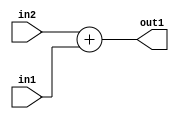
`timescale 1ps / 1ps
/*****************************************************************************
    Verilog RTL Description
    
    
    Created by: Stratus DpOpt 2019.1.01 
*******************************************************************************/

module ImageGradient_Add_2Ux1U_2U_4 (
	in2,
	in1,
	out1
	); /* architecture "behavioural" */ 
input [1:0] in2;
input  in1;
output [1:0] out1;
wire [1:0] asc001;

assign asc001 = 
	+(in2)
	+(in1);

assign out1 = asc001;
endmodule

/* CADENCE  ubH2Tgo= : u9/ySgnWtBlWxVPRXgAZ4Og= ** DO NOT EDIT THIS LINE ******/